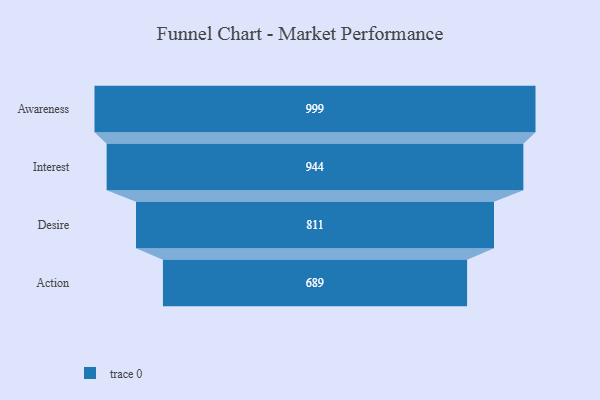
{"axis": {"x": "Stage", "y": "Value"}, "legend": [""], "data": [{"x": "Awareness", "y": 999.0, "type": ""}, {"x": "Interest", "y": 944.0, "type": ""}, {"x": "Desire", "y": 811.0, "type": ""}, {"x": "Action", "y": 689.0, "type": ""}]}